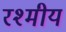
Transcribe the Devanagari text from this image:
रश्मीय